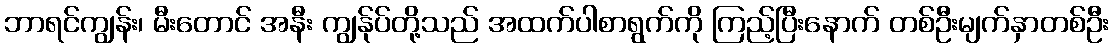
ဘာရင်ကျွန်း၊ မီးတောင် အနီး ကျွန်ုပ်တို့သည် အထက်ပါစာရွက်ကို ကြည့်ပြီးနောက် တစ်ဦးမျက်နှာတစ်ဦး